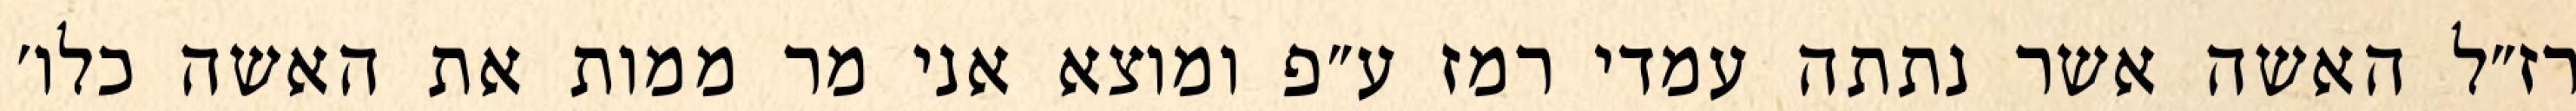
רז״ל האשה אשר נתתה עמדי רמז ע״פ ומוצא אני מר ממות את האשה כלו׳